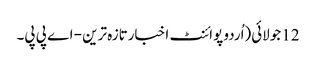
12 جولائی(اُردو پوائنٹ اخبارتازہ ترین - اے پی پی۔